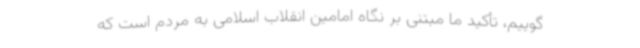
‌گوییم، تأکید ما مبتنی بر نگاه امامین انقلاب اسلامی به مردم است که